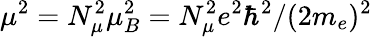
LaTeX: \mu^{2}=N_{\mu}^{2}\mu_{B}^{2}=N_{\mu}^{2}e^{2}\hbar^{2}/(2m_{e})^{2}